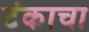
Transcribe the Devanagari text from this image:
टंकाचा